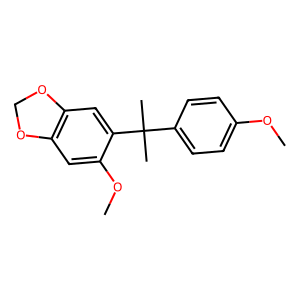
SMILES: COc1ccc(C(C)(C)c2cc3c(cc2OC)OCO3)cc1
Inhibits HIV replication: No